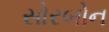
સોરબોન